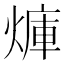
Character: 𪹜